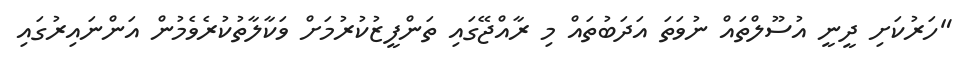
"ހަރުކަށި ދީނީ އުސޫލްތައް ނުވަތަ އަދަބުތައް މި ރާއްޖޭގައި ތަންފީޒުކުރުމަށް ވަކާލާތުކުރެވެމުން އަންނައިރުގައި